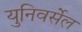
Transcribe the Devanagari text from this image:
युनिवर्सेल